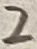
Text: 2